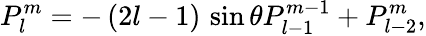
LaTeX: P_{l}^{m}=-\, (2l-1)\, \sin{\theta}P_{l-1}^{m-1}+P_{l-2}^{m},